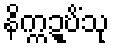
နိက္ကဍ္ဎိံသု